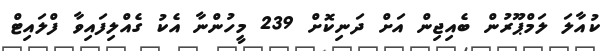
ކުއާލަ ލަމްޕޫރުން ބެއިޖިން އަށް ދަނިކޮށް 239 މީހުންނާ އެކު ގެއްލިފައިވާ ފްލައިޓް